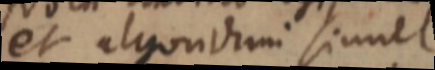
et algorithmi simul